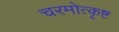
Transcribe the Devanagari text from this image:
चरमोत्कृष्ट